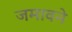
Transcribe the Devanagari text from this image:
जमावने